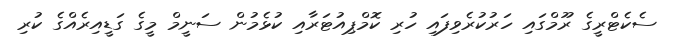
ސެކެޓްރީގެ ރޫމްގައި ހަރުކުރެވިފައި ހުރި ކޮމްޕިއުޓަރާއި ކުޅެމުން ސަނީމް މީގެ ގަޑީއިރެއްގެ ކުރި